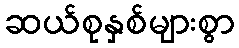
ဆယ်စုနှစ်များစွာ